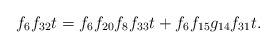
LaTeX: \begin{align*}f_6f_{32}t &= f_6f_{20}f_{8}f_{33}t + f_6f_{15}g_{14}f_{31}t.\end{align*}